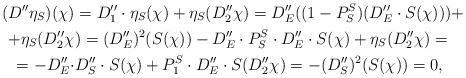
LaTeX: \begin{align*}\begin{aligned}(D''\eta_S)(\chi)&=D_1''\cdot \eta_S(\chi)+\eta_S(D_2''\chi)=D_E''((1-P_S^S)(D_E''\cdot S(\chi)))+\\+\eta_S(D_2''\chi&)=(D_E'')^2(S(\chi))-D_E''\cdot P_S^S\cdot D_E''\cdot S(\chi)+\eta_S(D_2''\chi)=\\=-D_E''\cdot &D_S''\cdot S(\chi)+P_1^S\cdot D_E''\cdot S(D_2''\chi)=-(D_S'')^2(S(\chi))=0,\end{aligned}\end{align*}